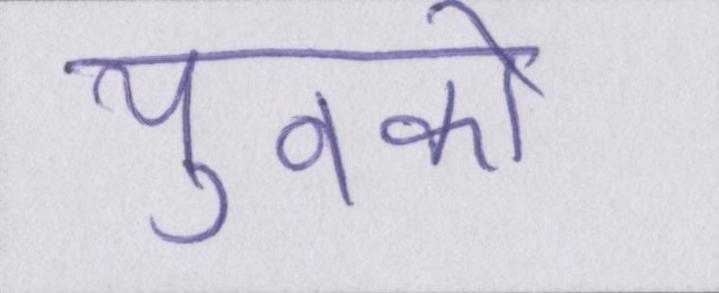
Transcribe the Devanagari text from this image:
युवको